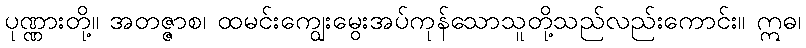
ပုဏ္ဏားတို့။ အတဇ္ဇာစ၊ ထမင်းကျွေးမွေးအပ်ကုန်သောသူတို့သည်လည်းကောင်း။ ဣဓ၊